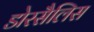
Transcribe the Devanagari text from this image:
डोरसैलिस